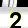
Digit: 2